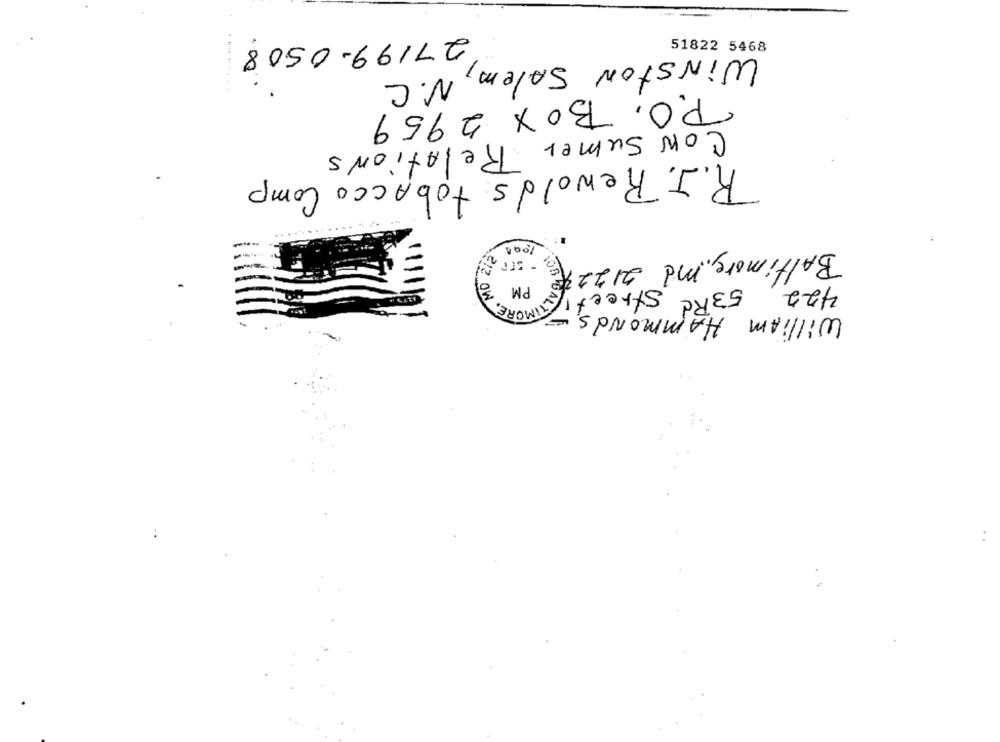
27199-0508
51822 5468
WINSTON Salem,
N.C
P.O. BOX 2959
CON Sumer Relations
R.J. Rewolds tobacco Comp
Baltimore, md 21220
PM 3
TALTIMORE,
422, 53Rd Street!
William HAMmonds -